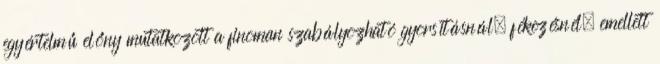
egyértelmű előny mutatkozott a finoman szabályozható gyorsításnál, fékezésnél, emellett